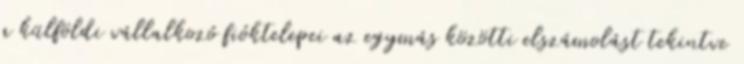
a külföldi vállalkozó fióktelepei az egymás közötti elszámolást tekintve